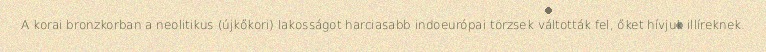
A korai bronzkorban a neolitikus (újkőkori) lakosságot harciasabb indoeurópai törzsek váltották fel, őket hívjuk illíreknek.